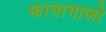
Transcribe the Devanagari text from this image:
फानागालो